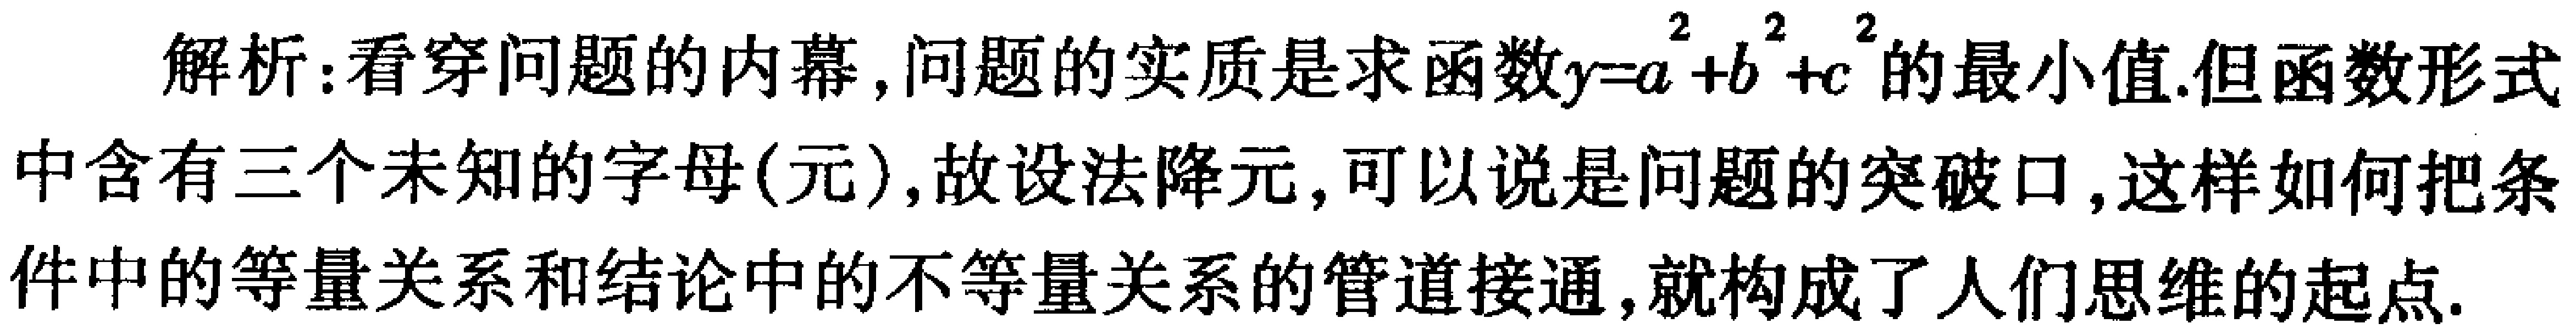
解析：看穿问题的内幕，问题的实质是求函数\(y = a^{2}+b^{2}+c^{2}\)的最小值.但函数形式中含有三个未知的字母(元)，故设法降元，可以说是问题的突破口，这样如何把条件中的等量关系和结论中的不等量关系的管道接通，就构成了人们思维的起点.